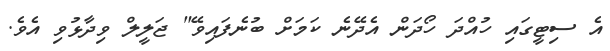
އެ ސިޓީގައި ހުއްދަ ހޯދަން އެދޭނެ ކަމަށް ބުނެފައިވޭ" ޖަލީލް ވިދާޅުވި އެވެ.